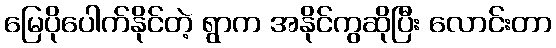
မြေပိုပေါက်နိုင်တဲ့ ရွာက အနိုင်ကွဆိုပြီး လောင်းတာ